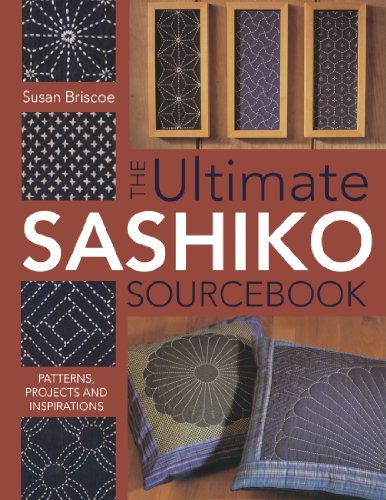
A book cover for The Ultimate Sashiko Sourcebook: Patterns, Projects and Inspirations; Susan Briscoe; Crafts, Hobbies & Home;